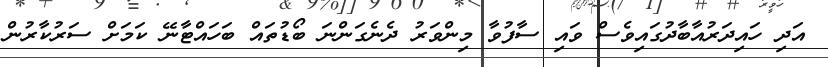
އަދި ހައިދަރުއާބާދުގައިވެސް ވައި ސާފުވާ މިންވަރު ދެނެގަންނަ ބޯޑުތައް ބަހައްޓާނޭ ކަމަށް ސަރުކާރުން